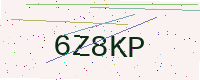
Text: 6Z8KP